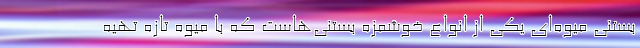
بستنی میوه‌ای یکی از انواع خوشمزه بستنی‌هاست که با میوه تازه تهیه